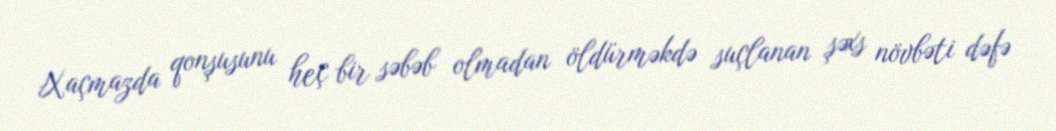
Xaçmazda qonşusunu heç bir səbəb olmadan öldürməkdə suçlanan şəxs növbəti dəfə